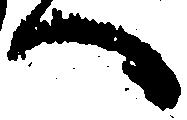
へ